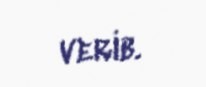
verib.